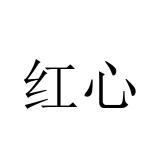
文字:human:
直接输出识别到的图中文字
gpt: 红心